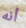
أنه